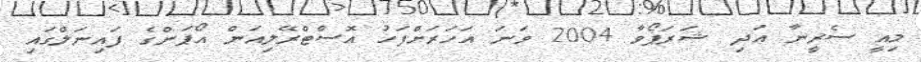
މިއީ ސެރީނާ އަދި ޝަރަޕޯވާ 2004 ވަނަ އަހަރަށްފަހު އޮސްޓްރޭލިއަން އޯޕަންގެ ފައިނަލްގައި